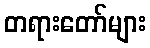
တရားတော်များ